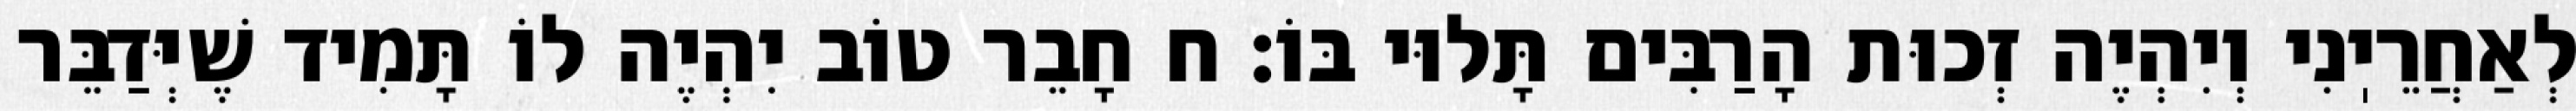
לְאַחֲרֵיֽנִי וְיִהְיֶה זְכוּת הָרַבִּים תָּלוּי בּוֹ: ח חָבֵר טוֹב יִהְיֶה לוֹ תָּמִיד שֶׁיְּדַבֵּר